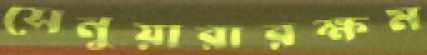
সেনুয়ারারক্ষম